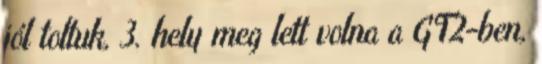
jól toltuk, 3. hely meg lett volna a GT2-ben,